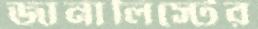
জার্নালিস্টের